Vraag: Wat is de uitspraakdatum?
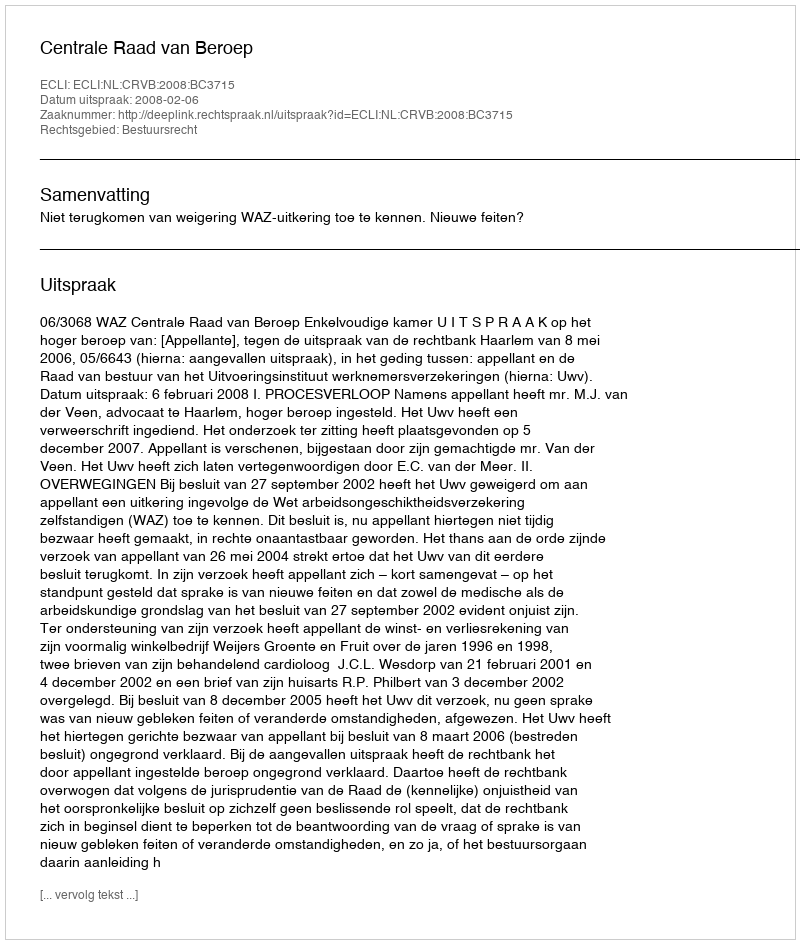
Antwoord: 2008-02-06